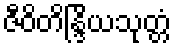
ဇီဝိတိန္ဒြိယသုတ္တံ